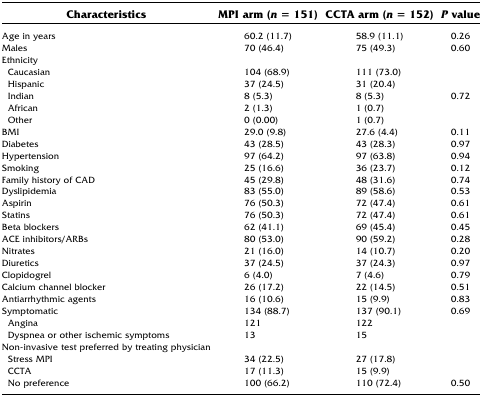
| Characteristics | MPI arm (n = 151) | CCTA arm (n = 152) | P value |
 | --- | --- | --- | --- |
 | Age in years | 60.2 (11.7) | 58.9 (11.1) | 0.26 |
 | Males | 70 (46.4) | 75 (49.3) | 0.60 |
 | Ethnicity |  |  |  |
 | Caucasian | 104 (68.9) | 111 (73.0) |  |
 | Hispanic | 37 (24.5) | 31 (20.4) |  |
 | Indian | 8 (5.3) | 8 (5.3) | 0.72 |
 | African | 2 (1.3) | 1 (0.7) |  |
 | Other | 0 (0.00) | 1 (0.7) |  |
 | BMI | 29.0 (9.8) | 27.6 (4.4) | 0.11 |
 | Diabetes | 43 (28.5) | 43 (28.3) | 0.97 |
 | Hypertension | 97 (64.2) | 97 (63.8) | 0.94 |
 | Smoking | 25 (16.6) | 36 (23.7) | 0.12 |
 | Family history of CAD | 45 (29.8) | 48 (31.6) | 0.74 |
 | Dyslipidemia | 83 (55.0) | 89 (58.6) | 0.53 |
 | Aspirin | 76 (50.3) | 72 (47.4) | 0.61 |
 | Statins | 76 (50.3) | 72 (47.4) | 0.61 |
 | Beta blockers | 62 (41.1) | 69 (45.4) | 0.45 |
 | ACE inhibitors/ARBs | 80 (53.0) | 90 (59.2) | 0.28 |
 | Nitrates | 21 (16.0) | 14 (10.7) | 0.20 |
 | Diuretics | 37 (24.5) | 37 (24.3) | 0.97 |
 | Clopidogrel | 6 (4.0) | 7 (4.6) | 0.79 |
 | Calcium channel blocker | 26 (17.2) | 22 (14.5) | 0.51 |
 | Antiarrhythmic agents | 16 (10.6) | 15 (9.9) | 0.83 |
 | Symptomatic | 134 (88.7) | 137 (90.1) | 0.69 |
 | Angina | 121 | 122 |  |
 | Dyspnea or other ischemic symptoms | 13 | 15 |  |
 | Non-invasive test preferred by treating physician |  |  |  |
 | Stress MPI | 34 (22.5) | 27 (17.8) |  |
 | CCTA | 17 (11.3) | 15 (9.9) |  |
 | No preference | 100 (66.2) | 110 (72.4) | 0.50 |